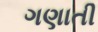
ગણાતી